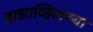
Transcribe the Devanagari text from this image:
ब्राझाव्हिलच्या